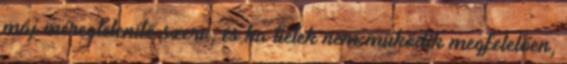
máj méregtelenítő szerv, és ha tiétek nem működik megfelelően,